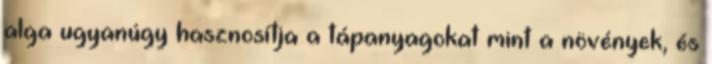
alga ugyanúgy hasznosítja a tápanyagokat mint a növények, és